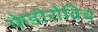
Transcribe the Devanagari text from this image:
फेडोरोविच